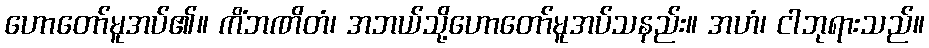
ဟောတော်မူအပ်၏။ ကိံဘဏိတံ၊ အဘယ်သို့ဟောတော်မူအပ်သနည်း။ အဟံ၊ ငါဘုရားသည်။